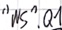
Text: "WS".Q1